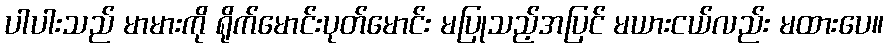
ပါပါးသည် မာမားကို ရိုက်မောင်းပုတ်မောင်း မပြုသည့်အပြင် မယားငယ်လည်း မထားပေ။